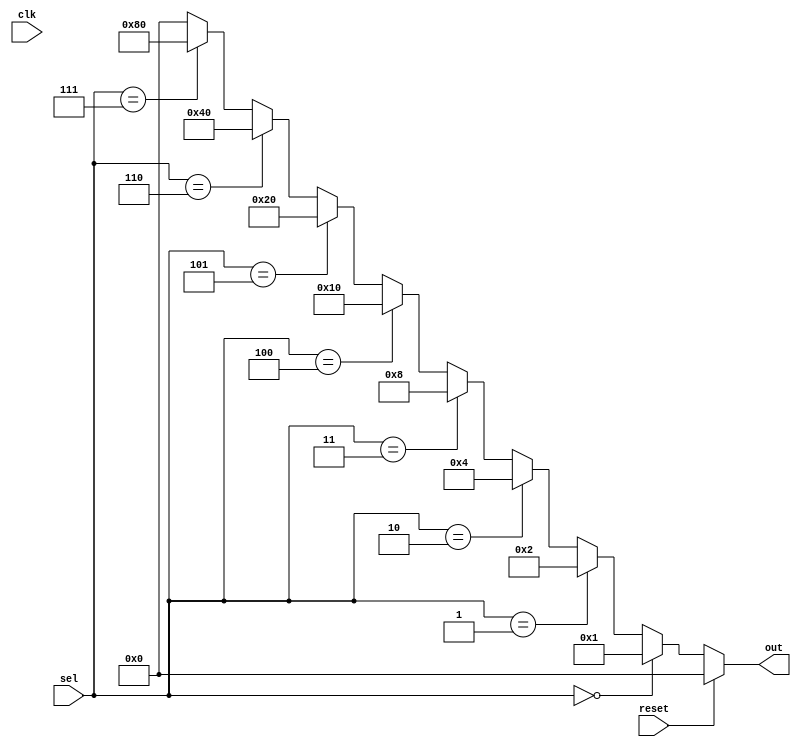
module decoder (
	input clk,
	input reset,
	input [2:0] sel,
	output reg [7:0]out
);
///////////////modify your code///////////////
always@(*)
        if(reset)
                out=8'b00000000;
        else if(sel==3'b000)
                out=8'b00000001;
        else if(sel==3'b001)
                out=8'b00000010;
        else if(sel==3'b010)
                out=8'b00000100;
        else if(sel==3'b011)
                out=8'b00001000;
        else if(sel==3'b100)
                out=8'b00010000;
        else if(sel==3'b101)
                out=8'b00100000;
        else if(sel==3'b110)
                out=8'b01000000;
        else if(sel==3'b111)
                out=8'b10000000;
        else
                out=8'b00000000;


endmodule